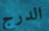
الدرج